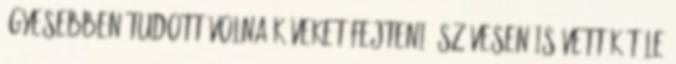
ügyesebben tudott volna köveket fejteni: szívesen is vették tőle